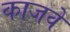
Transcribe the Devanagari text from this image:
काजवे